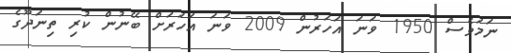
ނަމަވެސް 1950 ވަނަ އަހަރުން 2009 ވަނަ އަހަރަށް ބޭނުން ކުރި ތިނަދޫގެ